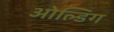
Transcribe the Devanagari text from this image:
ओल्डिंग